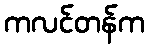
ကလင်တန်က